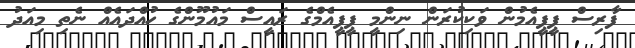
ފާރިސް ޕީޕީއެމުން ވަކިކުރަން ނިންމީ ޕީޕީއެމްގެ ރައީސް މައުމޫންގެ ހުއްދައެއް ނެތި މިއަދު